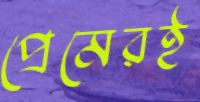
প্রেমেরই